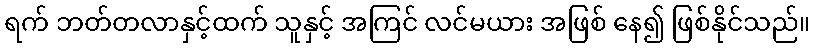
ရက် ဘတ်တလာနှင့်ထက် သူနှင့် အကြင် လင်မယား အဖြစ် နေ၍ ဖြစ်နိုင်သည်။